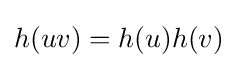
h(uv)=h(u)h(v)